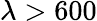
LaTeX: \lambda>600